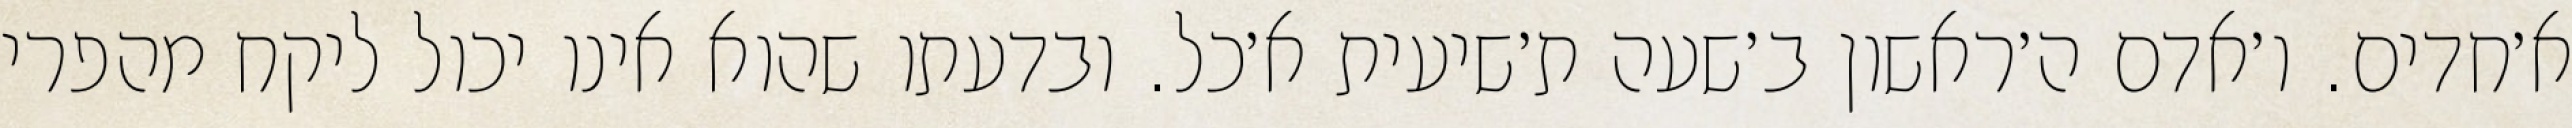
א׳חדים. ו׳אדם ה׳ראשון ב׳שעה ת׳שיעית א׳כל. ובדעתו שהוא אינו יכול ליקח מהפרי